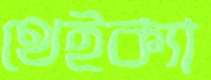
থেইক্যা